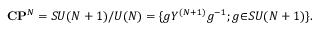
{ \bf C } { \bf P } ^ { N } = S U ( N + 1 ) / { U ( N ) } = \{ g Y ^ { ( N + 1 ) } g ^ { - 1 } ; g { \in } S U ( N + 1 ) \} .